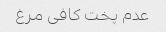
عدم پخت کافی مرغ